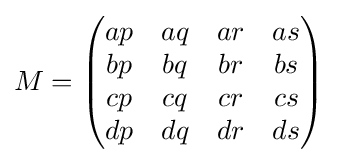
M={\begin{pmatrix}ap&aq&ar&as\\bp&bq&br&bs\\cp&cq&cr&cs\\dp&dq&dr&ds\end{pmatrix}}